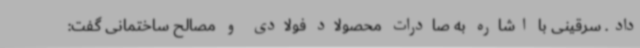
داد. سرقینی با اشاره به صادرات محصولاد فولادی و مصالح ساختمانی گفت: